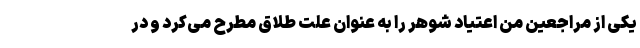
یکی از مراجعین من اعتیاد شوهر را به عنوان علت طلاق مطرح می‌کرد و در